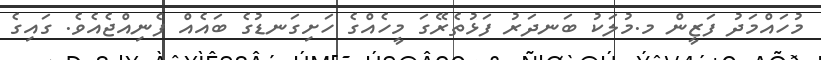
މުހައްމަދު ފަޒީން މ.މުލަކު ބަނދަރު ފަޅުތެރޭގަ މީހެއްގެ ހަށިގަނޑުގެ ބައެއް ފެނިއްޖެއެވެ. ގައިގެ